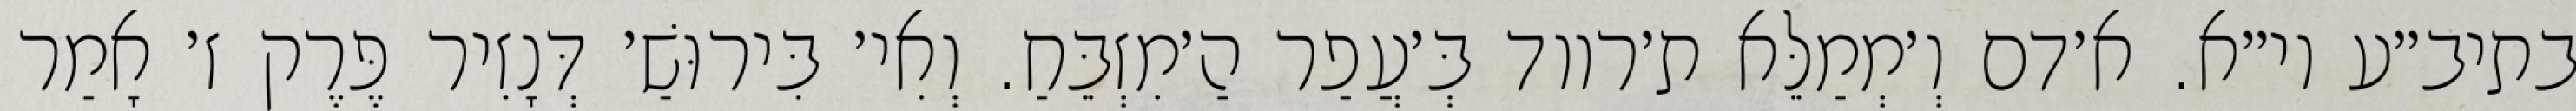
בתיב״ע וי״א. א׳דם וְ׳מְמַלֵּא ת׳רווד בְּ׳עֲפַר הַ׳מִזְבֵּחַ. וְאִי׳ בִּירוּשַׁ׳ דְּנָזִיר פֶּרֶק ז׳ אָמַר